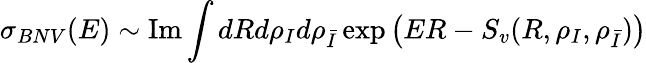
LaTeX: \sigma_{BNV}(E)\sim\mathrm{Im}\int dRd\rho_{I}d\rho_{\bar{I}}\exp\left(ER-S_{v}(R,\rho_{I},\rho_{\bar{I}})\right)